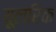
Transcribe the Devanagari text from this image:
यूलरिक